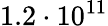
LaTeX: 1.2\cdot 10^{11}